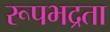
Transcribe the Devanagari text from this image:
रूपभद्रता